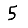
Digit: 5